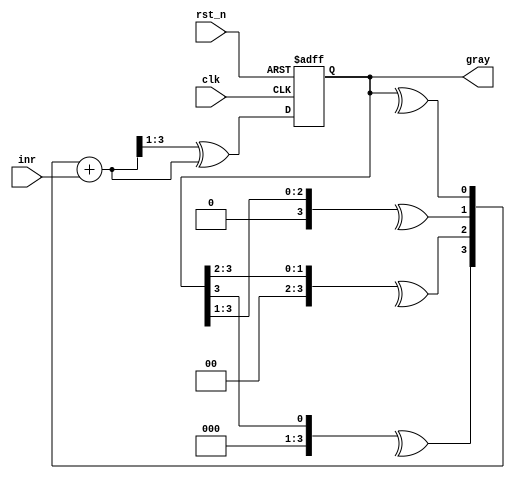
// This program was cloned from: https://github.com/huangxc6/verilog_practice
// License: MIT License

module gray_counter #(
	parameter SIZE = 4
	)(
	input						clk,    // Clock
	input						rst_n,  // Asynchronous reset active low
	input						inr, 	// increment

	output reg	[SIZE - 1 : 0]	gray
);
	reg [SIZE - 1 : 0] gray_temp ;
	reg [SIZE - 1 : 0] bin 		 ;
	reg [SIZE - 1 : 0] bin_temp  ;

	integer i ;
	always @(*) begin
		for (i = 0; i < SIZE; i++) begin
			bin[i]    = ^(gray >> i);  // gray to bin
			bin_temp  = bin + inr ;  // add in bin
			gray_temp = (bin_temp >> 1) ^ bin_temp ;  //bin to gray
		end				
	end

	always @(posedge clk or negedge rst_n) begin
		if (rst_n == 1'b0) begin
			gray <= {SIZE{1'b0}} ;
		end
		else begin
			gray <= gray_temp ;
		end
	end

endmodule